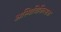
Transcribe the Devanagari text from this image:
अस्थिचिकित्सक